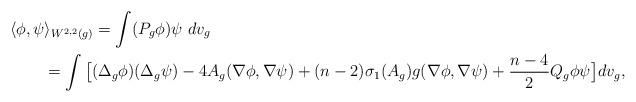
LaTeX: \begin{align*} \langle \phi , \psi \rangle_{W^{2,2}(g)} &= \int (P_g \phi) \psi \ dv_g \\& \hskip-.5in = \int \big[ (\Delta_g \phi)(\Delta_g \psi) - 4 A_g(\nabla \phi,\nabla \psi) + (n-2) \sigma_1(A_g) g(\nabla \phi,\nabla \psi) + \frac{n-4}{2} Q_g \phi \psi \big] dv_g,\end{align*}